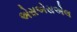
એસએસએલ